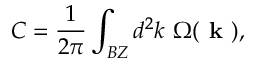
C = \frac { 1 } { 2 \pi } \int _ { B Z } d ^ { 2 } k ~ \Omega ( \textbf { k } ) ,